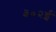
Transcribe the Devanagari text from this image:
३०२ई